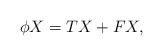
LaTeX: \begin{align*} \phi X=TX+FX,\end{align*}